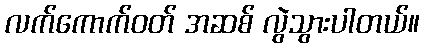
လက်ကောက်ဝတ် အဆစ် လွဲသွားပါတယ်။